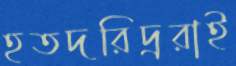
হতদরিদ্ররাই